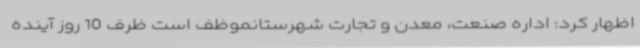
اظهار کرد: اداره صنعت، معدن و تجارت شهرستانموظف است ظرف 10 روز آینده